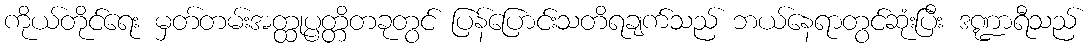
ကိုယ်တိုင်ရေး မှတ်တမ်းအတ္ထုပ္ပတ္တိတခုတွင် ပြန်ပြောင်းသတိရချက်သည် ဘယ်နေရာတွင်ဆုံးပြီး ဒဏ္ဍာရီသည်